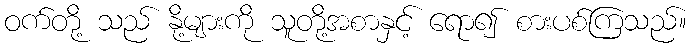
ဝက်တို့ သည် နို့များကို သူတို့အစာနှင့် ရော၍ စားပစ်ကြသည်။